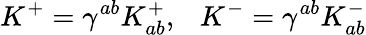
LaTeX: K^{+}=\gamma^{ab}K_{ab}^{+},~~~K^{-}=\gamma^{ab}K_{ab}^{-}